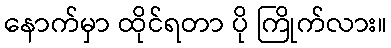
နောက်မှာ ထိုင်ရတာ ပို ကြိုက်လား။